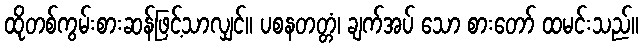
ထိုတစ်ကွမ်းစားဆန်ဖြင့်သာလျှင်။ ပစနတတ္တံ၊ ချက်အပ် သော စားတော် ထမင်းသည်။